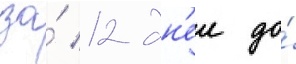
за́ 12 дн'еи до́